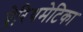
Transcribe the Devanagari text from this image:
ऐरिथमेटिका